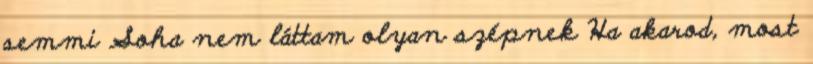
semmi Soha nem láttam olyan szépnek Ha akarod, most